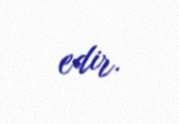
edir.